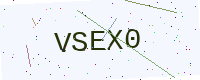
Text: VSEX0